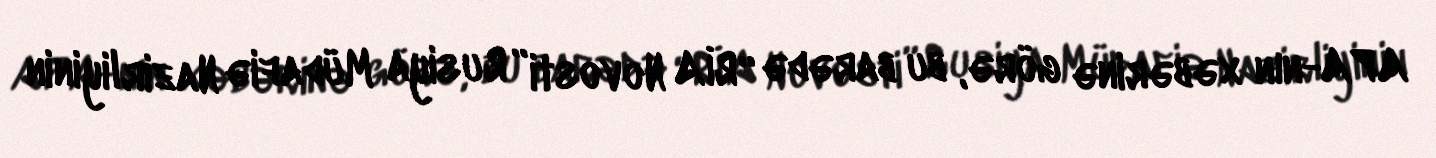
APA-nın xəbərinə görə, bu barədə “RİA Novosti” Rusiya Müdafiə Nazirliyinin